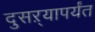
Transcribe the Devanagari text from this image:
दुसऱ्यापर्यंत